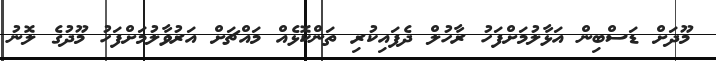
މޫދަށް ޑަސްބިން އަޅާލުމަށްފަހު ރާހުލް ދެފައިކުރި ތަންކޮޅެއް މައްޗަށް އަރުވާލުމަށްފަހު މޫދުގެ ލޮނު